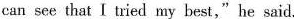
can see that I tried my best," he said.